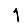
Digit: 1